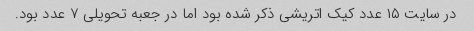
در سایت ۱۵ عدد کیک اتریشی ذکر شده بود اما در جعبه تحویلی ۷ عدد بود.